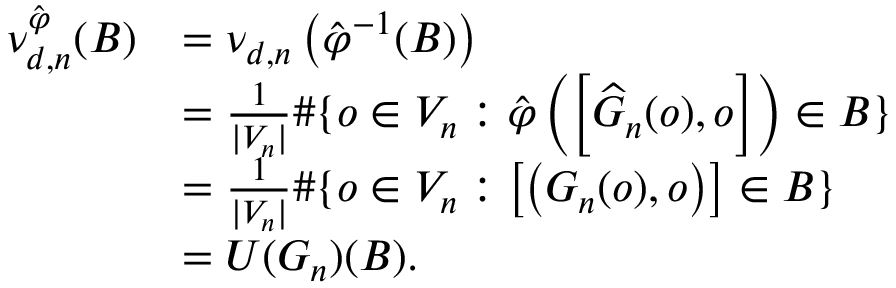
\begin{array} { r l } { \nu _ { d , n } ^ { \hat { \varphi } } ( B ) } & { = \nu _ { d , n } \left( \hat { \varphi } ^ { - 1 } ( B ) \right) \quad } \\ & { = \frac { 1 } { | V _ { n } | } \# \{ o \in V _ { n } : \hat { \varphi } \left( \left[ \widehat { G } _ { n } ( o ) , o \right] \right) \in B \} } \\ & { = \frac { 1 } { | V _ { n } | } \# \{ o \in V _ { n } : \left[ \left( G _ { n } ( o ) , o \right) \right] \in B \} \quad } \\ & { = U ( G _ { n } ) ( B ) . } \end{array}